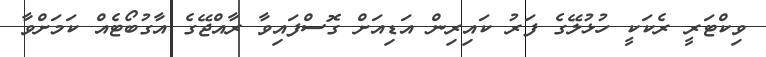
ވިކްޓަރީ ރެކަކީ ހުޅުލޭގެ ފަރު ކައިރިން އަޑިއަށް ގޮސްފައިވާ ރާއްޖޭގެ އާގުބޯޓެއް ކަމަށްވާ